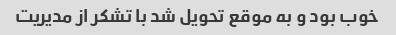
خوب بود و به موقع تحویل شد با تشکر از مدیریت